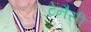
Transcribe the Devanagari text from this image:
टेनैसी